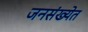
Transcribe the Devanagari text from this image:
जनसंख्येत